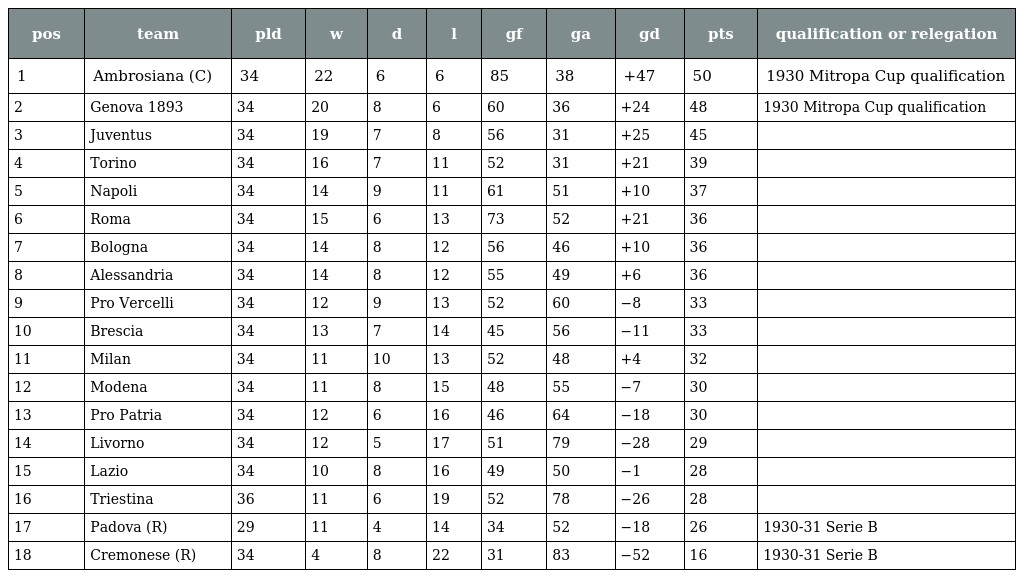
| pos | team | pld | w | d | l | gf | ga | gd | pts | qualification or relegation |
 | --- | --- | --- | --- | --- | --- | --- | --- | --- | --- | --- |
 | 1 | Ambrosiana (C) | 34 | 22 | 6 | 6 | 85 | 38 | +47 | 50 | 1930 Mitropa Cup qualification |
 | 2 | Genova 1893 | 34 | 20 | 8 | 6 | 60 | 36 | +24 | 48 | 1930 Mitropa Cup qualification |
 | 3 | Juventus | 34 | 19 | 7 | 8 | 56 | 31 | +25 | 45 |  |
 | 4 | Torino | 34 | 16 | 7 | 11 | 52 | 31 | +21 | 39 |  |
 | 5 | Napoli | 34 | 14 | 9 | 11 | 61 | 51 | +10 | 37 |  |
 | 6 | Roma | 34 | 15 | 6 | 13 | 73 | 52 | +21 | 36 |  |
 | 7 | Bologna | 34 | 14 | 8 | 12 | 56 | 46 | +10 | 36 |  |
 | 8 | Alessandria | 34 | 14 | 8 | 12 | 55 | 49 | +6 | 36 |  |
 | 9 | Pro Vercelli | 34 | 12 | 9 | 13 | 52 | 60 | −8 | 33 |  |
 | 10 | Brescia | 34 | 13 | 7 | 14 | 45 | 56 | −11 | 33 |  |
 | 11 | Milan | 34 | 11 | 10 | 13 | 52 | 48 | +4 | 32 |  |
 | 12 | Modena | 34 | 11 | 8 | 15 | 48 | 55 | −7 | 30 |  |
 | 13 | Pro Patria | 34 | 12 | 6 | 16 | 46 | 64 | −18 | 30 |  |
 | 14 | Livorno | 34 | 12 | 5 | 17 | 51 | 79 | −28 | 29 |  |
 | 15 | Lazio | 34 | 10 | 8 | 16 | 49 | 50 | −1 | 28 |  |
 | 16 | Triestina | 36 | 11 | 6 | 19 | 52 | 78 | −26 | 28 |  |
 | 17 | Padova (R) | 29 | 11 | 4 | 14 | 34 | 52 | −18 | 26 | 1930-31 Serie B |
 | 18 | Cremonese (R) | 34 | 4 | 8 | 22 | 31 | 83 | −52 | 16 | 1930-31 Serie B |